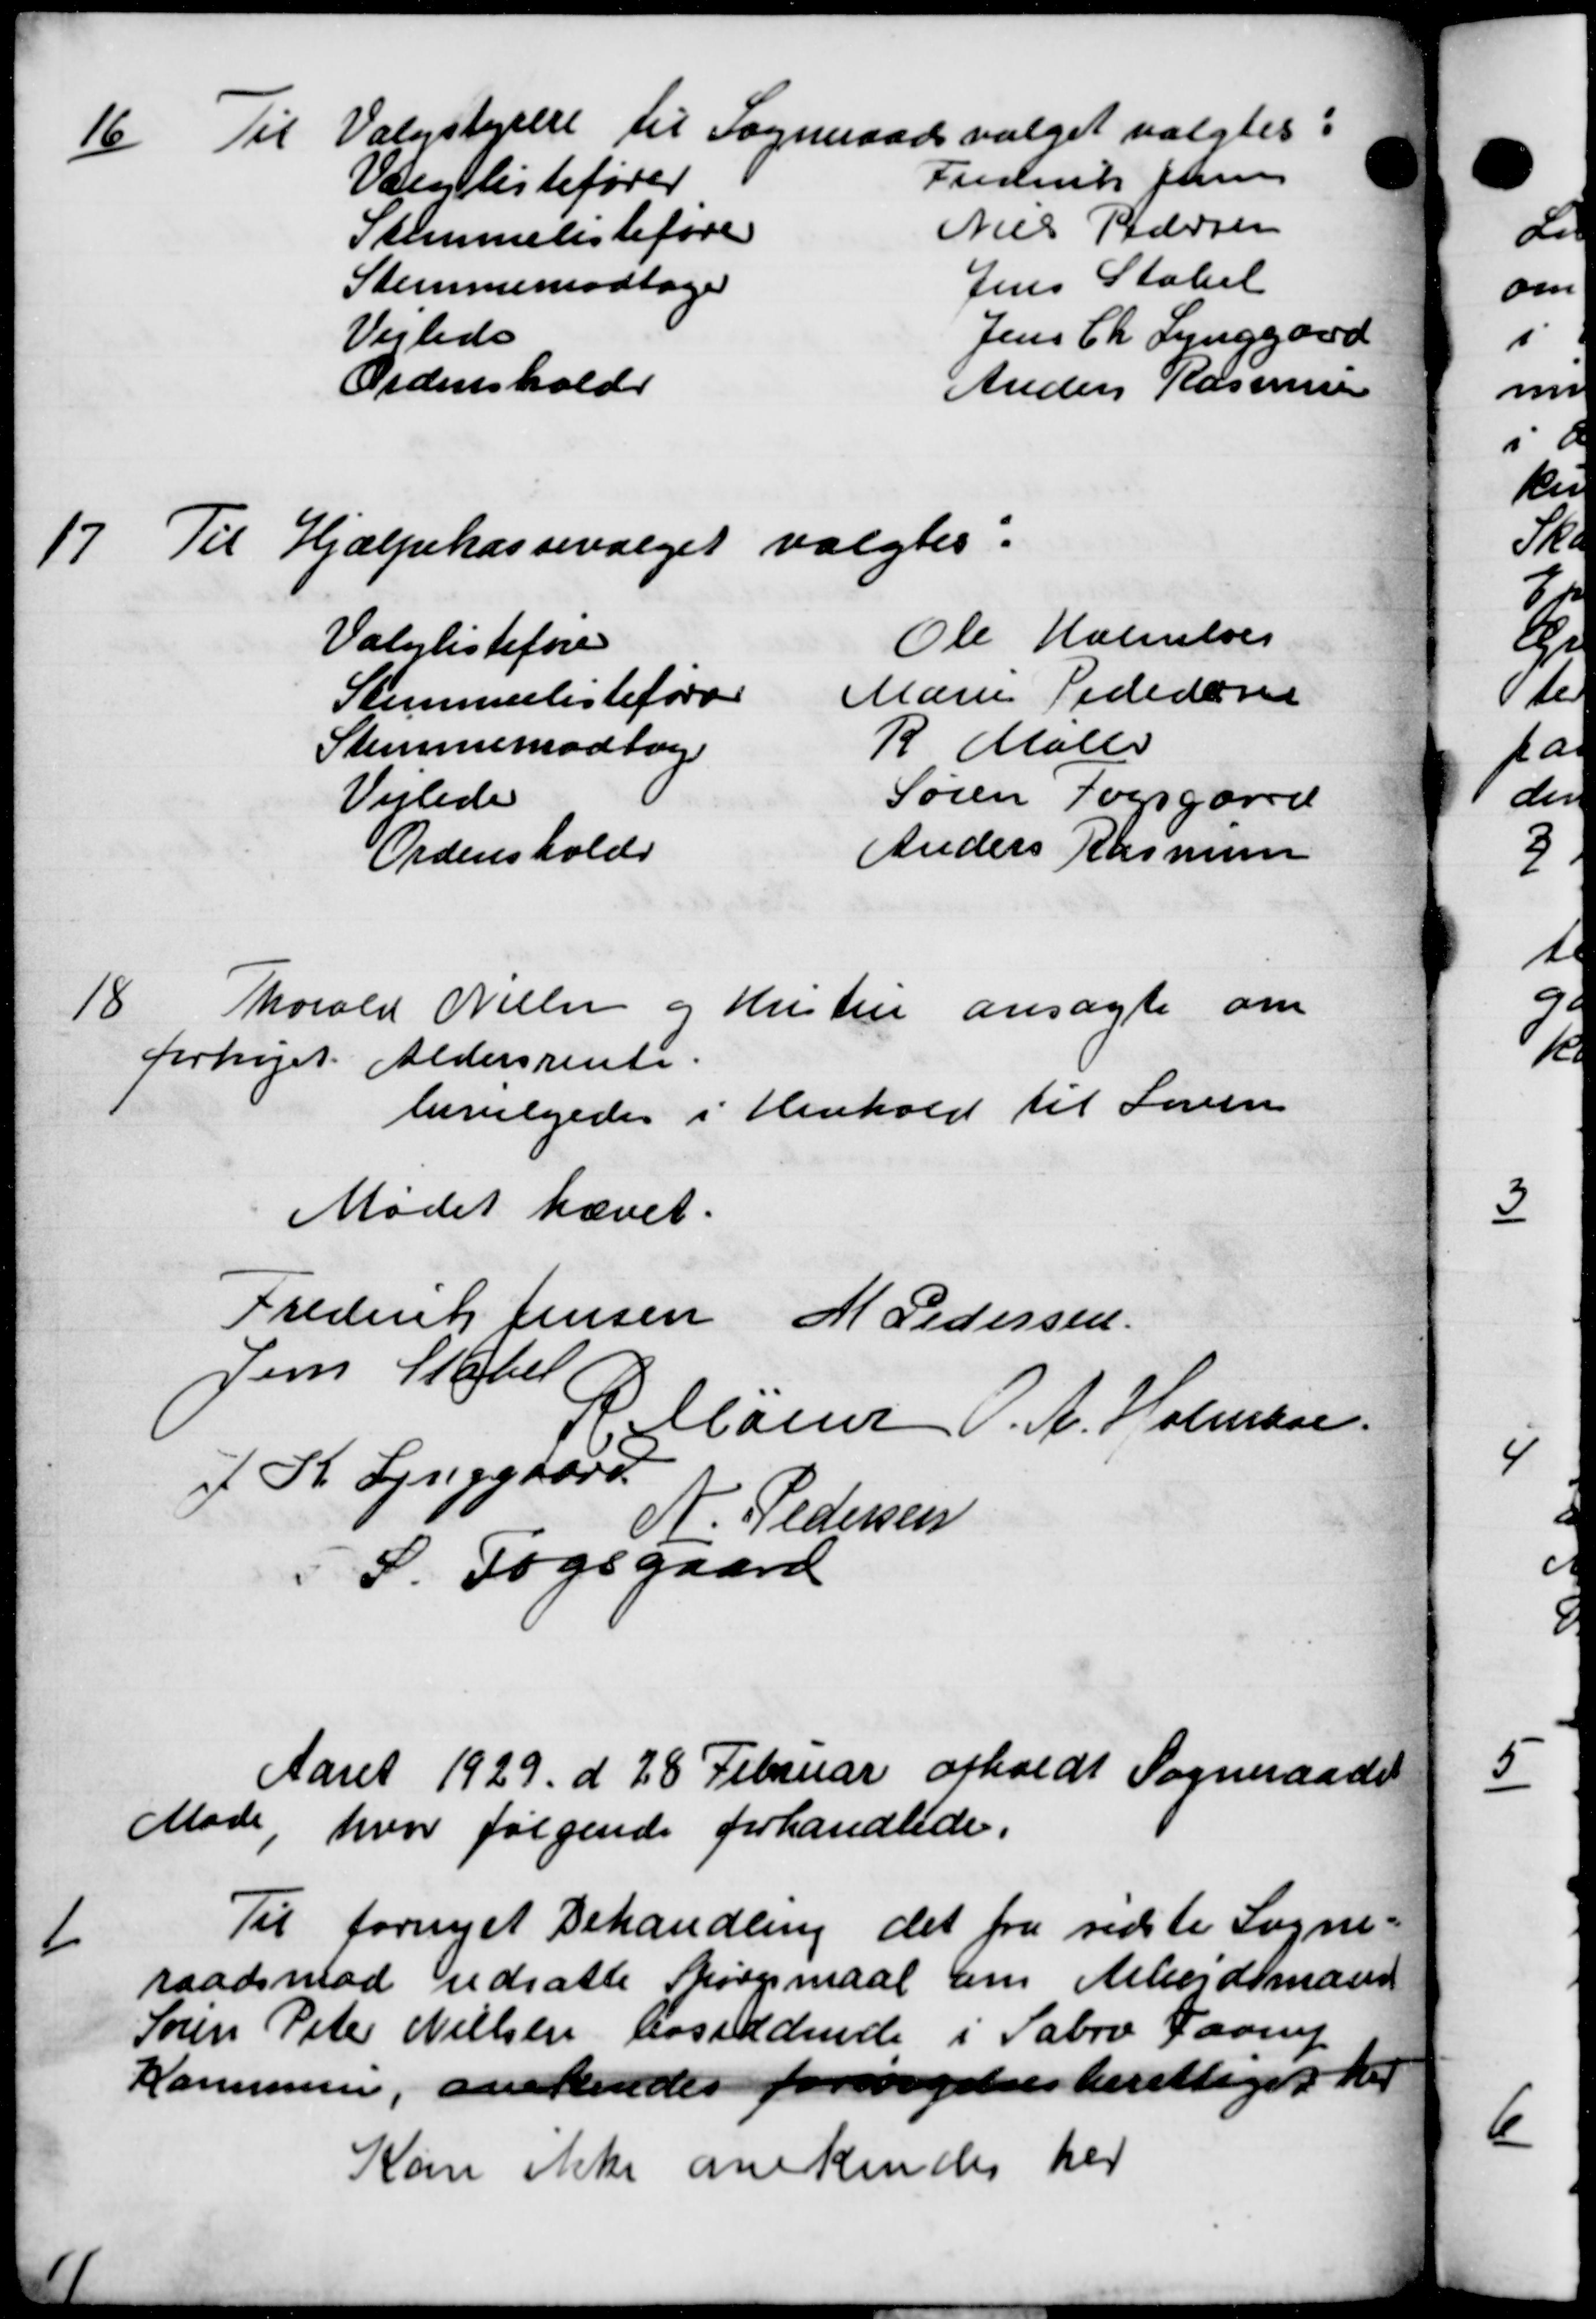
Transskription:
16
Til Valgstyrelse til Sogneraadsvalget valgtes:
Valglistefører
Frederik Jensen
Stemmelisteføre
Niels Pedersen
Stemmemodtager
Jens Stabel
Vejlede
Jens Ch. Lynggaard
Ordenshold
Anders Rasmussen
17
Til Hjælpekassevalget valgtes:
Valglisteføre
Ole Holmboes
Stemmelisteføre
Marie Pedersen
Stemmemodtog
R Møller
Vejlede
Søren Fogsgaard
Ordenshold
Anders Rasmussen
18
Thorald Nielsen og Hustru ansøgte om
forhøjet Aldersrente.
bevilgedes i Henhold til Loven
Mødet hævet.
Frederik Jensen M Pedersen
Jens Skabel
Marier P. A. Holmann
J K. Lynggaard
V. Pedersen
S. Fogsgaard
Aaret 1929 d 28 Februar afholdt Sogneraadet
Møde hvor følgende forhandlede.
1
Til fornyet Behandling det fra sidste Sogne=
raadsmed udsatte Spørgsmaal om Arbejdsmand
Søren Peter Nielsen bosiddende i Sabro Faarup
Kommunen, anerkendes forsørgelsesberettiget her
Kan ikke anerkendes her